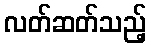
လတ်ဆတ်သည့်